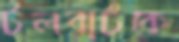
টলবার্টকে